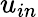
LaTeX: u_{in}